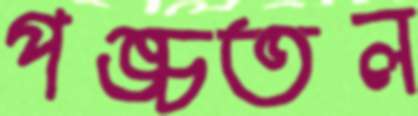
পঙ্চতল